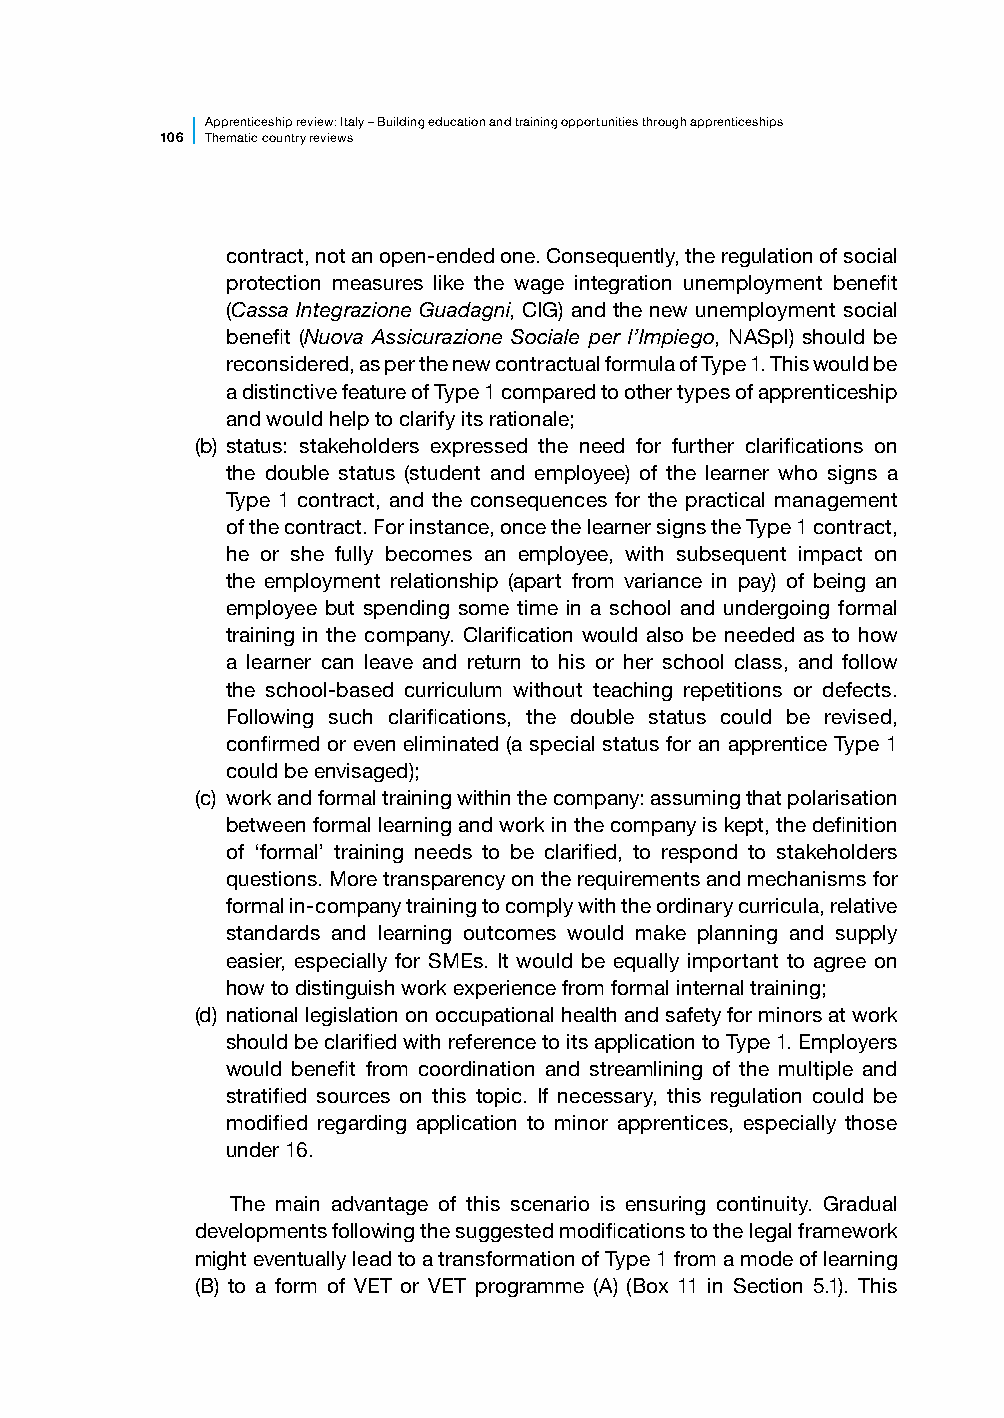
Apprenticesh ip review: Italy – Building education and training opportunities through apprenticeships
 106 Thematic country reviews
 contract, not an open-ended one. Consequently, the regulation of social
 protection measures like the wage integration unemployment benefit
 (Cassa Integrazione Guadagni, CIG) and the new unemployment social
 benefit (Nuova Assicurazione Sociale per l’Impiego, NASpI) should be
 reconsidered, as per the new contractual formula of Type 1. This would be
 a distinctive feature of Type 1 compared to other types of apprenticeship
 and would help to clarify its rationale;
 (b) status: stakeholders expressed the need for further clarifications on
 the double status (student and employee) of the learner who signs a
 Type 1 contract, and the consequences for the practical management
 of the contract. For instance, once the learner signs the Type 1 contract,
 he or she fully becomes an employee, with subsequent impact on
 the employment relationship (apart from variance in pay) of being an
 employee but spending some time in a school and undergoing formal
 training in the company. Clarification would also be needed as to how
 a learner can leave and return to his or her school class, and follow
 the school-based curriculum without teaching repetitions or defects.
 Following such clarifications, the double status could be revised,
 confirmed or even eliminated (a special status for an apprentice Type 1
 could be envisaged);
 (c) work and formal training within the company: assuming that polarisation
 between formal learning and work in the company is kept, the definition
 of ‘formal’ training needs to be clarified, to respond to stakeholders
 questions. More transparency on the requirements and mechanisms for
 formal in-company training to comply with the ordinary curricula, relative
 standards and learning outcomes would make planning and supply
 easier, especially for SMEs. It would be equally important to agree on
 how to distinguish work experience from formal internal training;
 (d) national legislation on occupational health and safety for minors at work
 should be clarified with reference to its application to Type 1. Employers
 would benefit from coordination and streamlining of the multiple and
 stratified sources on this topic. If necessary, this regulation could be
 modified regarding application to minor apprentices, especially those
 under 16.
 The main advantage of this scenario is ensuring continuity. Gradual
 developments following the suggested modifications to the legal framework
 might eventually lead to a transformation of Type 1 from a mode of learning
 (B) to a form of VET or VET programme (A) (Box 11 in Section 5.1). This